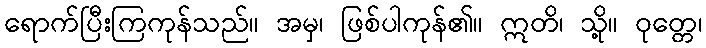
ရောက်ပြီးကြကုန်သည်။ အမှ၊ ဖြစ်ပါကုန်၏။ ဣတိ၊ သို့။ ဝုတ္တေ၊